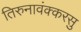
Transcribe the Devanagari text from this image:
तिरुनावंक्करसु